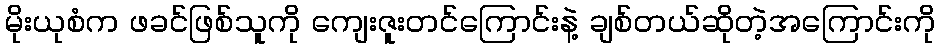
မိုးယုစံက ဖခင်ဖြစ်သူကို ကျေးဇူးတင်ကြောင်းနဲ့ ချစ်တယ်ဆိုတဲ့အကြောင်းကို